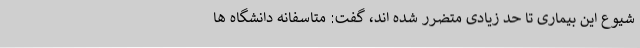
شیوع این بیماری تا حد زیادی متضرر شده اند، گفت: متاسفانه دانشگاه ها